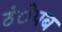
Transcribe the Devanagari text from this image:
ठंेपब